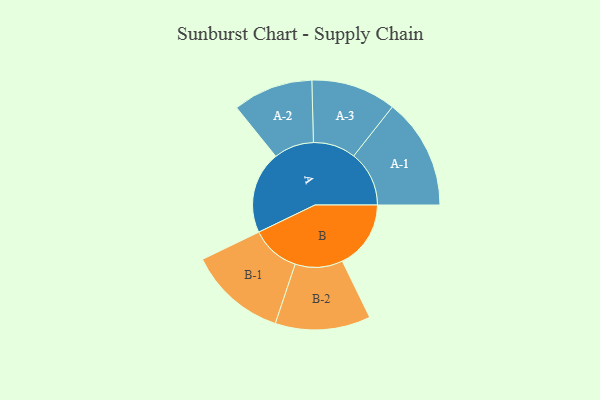
{"axis": {"x": "Segment", "y": "Value"}, "legend": ["", "A", "B"], "data": [{"x": "A", "y": 370, "type": ""}, {"x": "B", "y": 308, "type": ""}, {"x": "A-1", "y": 249, "type": "A"}, {"x": "A-2", "y": 180, "type": "A"}, {"x": "A-3", "y": 191, "type": "A"}, {"x": "B-1", "y": 220, "type": "B"}, {"x": "B-2", "y": 214, "type": "B"}]}